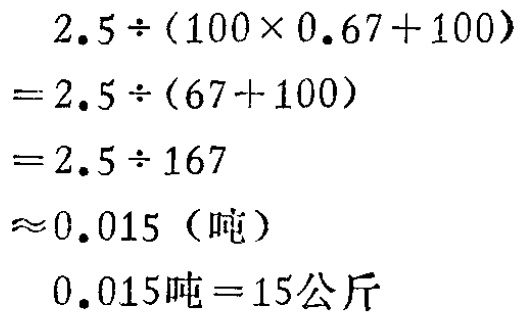
\[
\begin{align*}
&2.5\div(100\times0.67 + 100)\\
=&2.5\div(67 + 100)\\
=&2.5\div167\\
\approx&0.015 \text{（吨）}\\
&0.015\text{吨}=15\text{公斤}
\end{align*}
\]